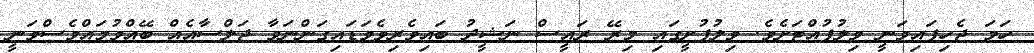
ހަމަ ޖެހިފައިވަނީ ވިލުފުއްޓަށެވެ. ވިލުފުށީގައި މިރޭ ރައީސް ނަޝީދު ބައިވެރިވެވަޑައިގަންނަވާ ޖަލްސާއެއް ބޭއްވުމައްވެސްވަނީ